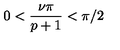
0 < \displaystyle \frac { \nu \pi } { p + 1 } < \pi / 2